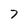
Character: 7